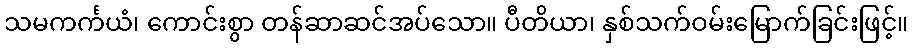
သမကင်္ကယံ၊ ကောင်းစွာ တန်ဆာဆင်အပ်သော။ ပီတိယာ၊ နှစ်သက်ဝမ်းမြောက်ခြင်းဖြင့်။